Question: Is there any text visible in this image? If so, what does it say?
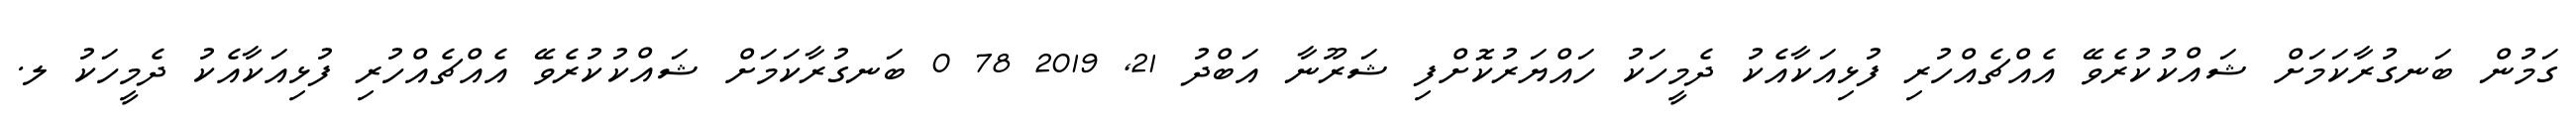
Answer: ގަމުން ބަނގުރާކަމަށް ޝައްކުކުރެވޭ އެއްޗެއްހުރި ފުޅިއަކާއެކު ދެމީހަކު ހައްޔަރުކޮށްފި ޝަރޫނާ އަބްދު 21, 2019 78 0 ބަނގުރާކަމަށް ޝައްކުކުރެވޭ އެއްޗެއްހުރި ފުޅިއަކާއެކު ދެމީހަކު ލ.